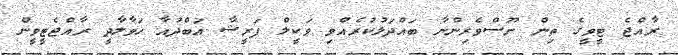
ރާއްޖެ ޓީވީގެ ތިން ނޫސްވެރިންނާ ބައްދަލުކުރެއްވި ވަކީލް ފަރީޝާ އަބްދުއާ ހަވާލާދީ ރާއްޖެޓީވީން